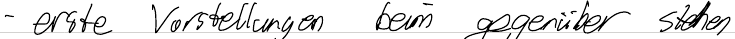
- erste Vorstellungen beim gegenüber stehen